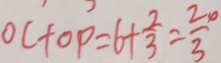
O C + O P = 6 + \frac { 2 } { 3 } = \frac { 2 0 } { 3 }